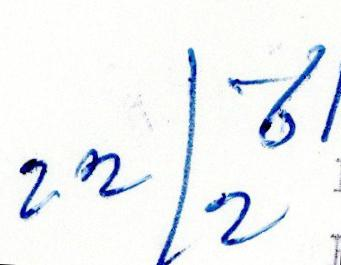
Pentti Ohenoja